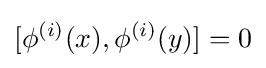
[\phi ^{(i)}(x),\phi ^{(i)}(y)]=0